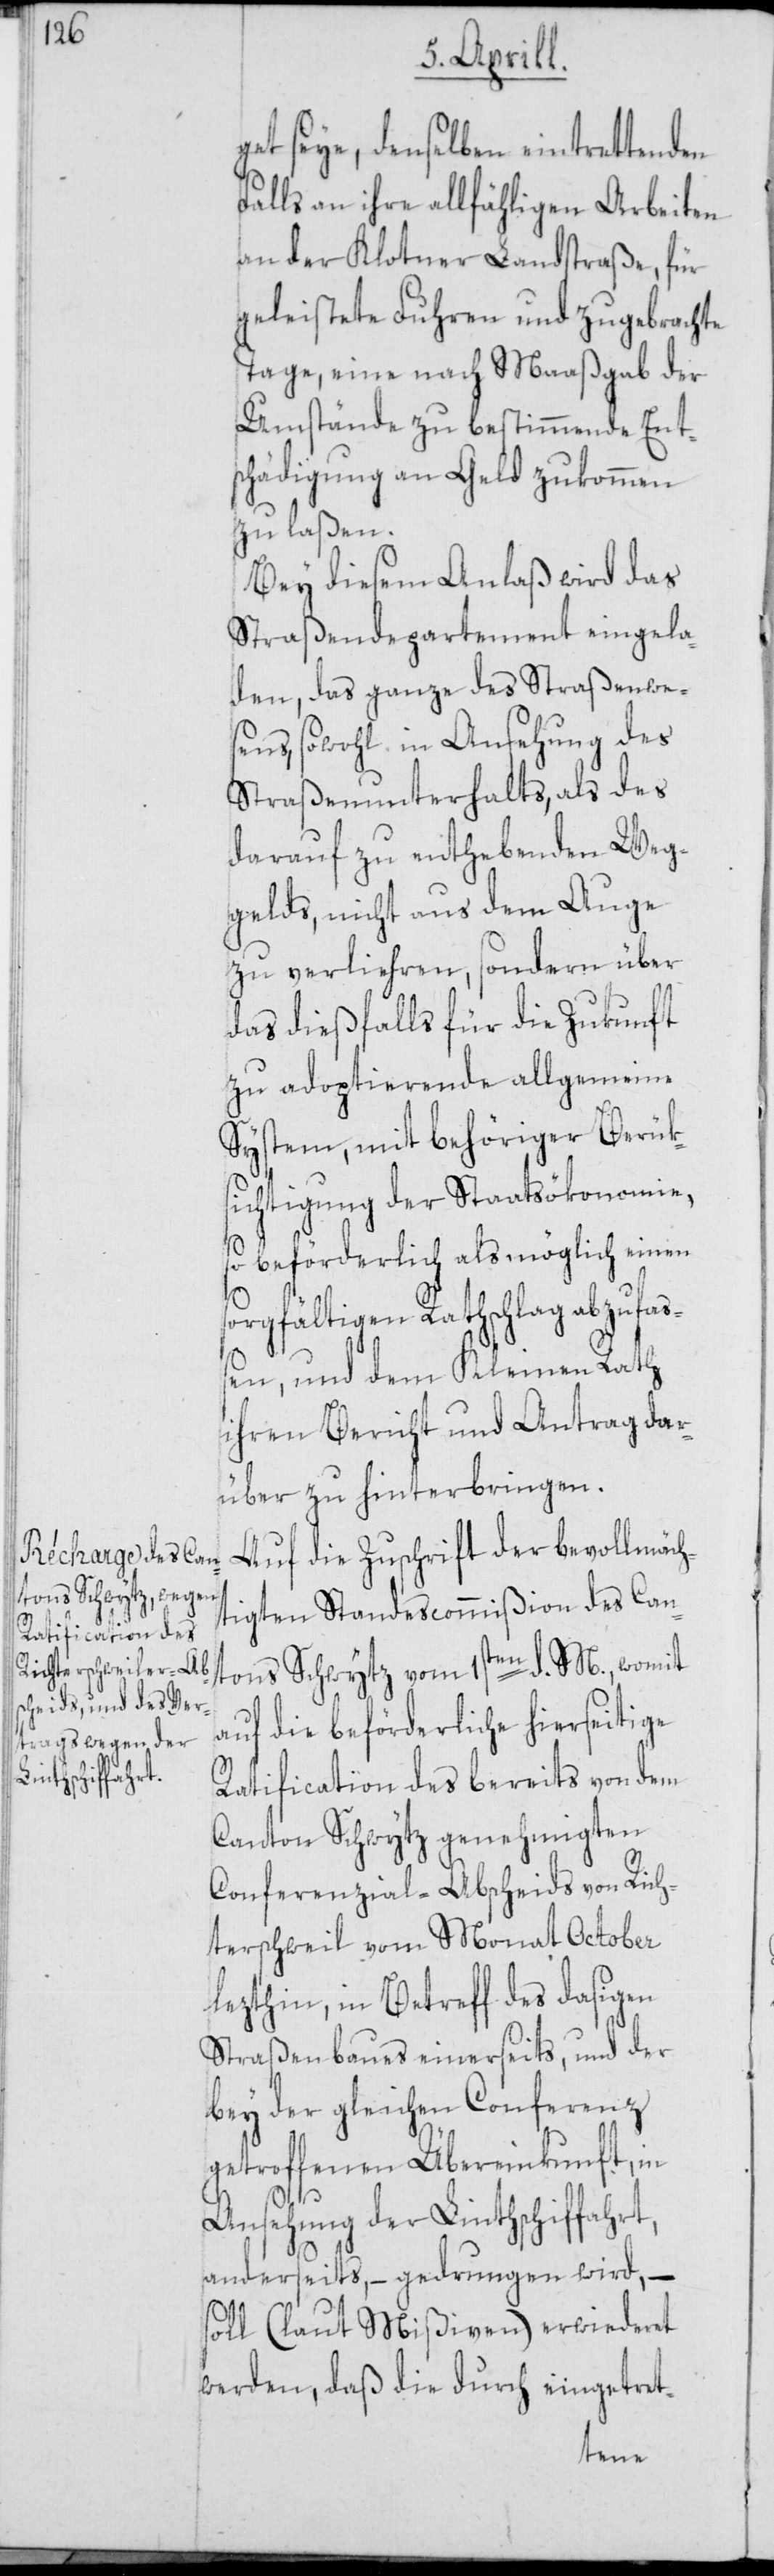
get seye, denselben eintrettenden
Falls an ihre allfähligen Arbeiten
an der Klotner Landstraße, für
geleistete Fuhren und zugebrachte
Tage, eine nach Maaßgab der
Umstände zu bestimmende Ent¬
schädigung an Geld zukommen
zu laßen.
Bey diesem Anlaß wird das
Straßendepartement eingela¬
den, das ganze des Straßenwe¬
sens, sowohl in Ansehung des
Straßenunterhalts, als des
darauf zu enthebenden Weg¬
gelds, nicht aus dem Auge
zu verliehren, sondern über
das dießfalls für die Zukunft
zu adoptierende allgemeine
System, mit behöriger Berük¬
sichtigung der Staatsökonomie,
so beförderlich als möglich einen
sorgfältigen Rathschlag abzufaß¬
en, und dem Kleinen Rath
ihren Bericht und Antrag dar¬
über zu hinterbringen.
Auf die Zuschrift der bevollmäch¬
tigten Standescommißion des Can¬
tons Schwytz vom 1sten d. M., womit
auf die beförderliche hierseitige
Ratification des bereits von dem
Canton Schwytz genehmigten
Conferenzial-Abscheids von Rich¬
terschweil vom Monat October
lezthin, in Betreff des dasigen
Straßenbaues einerseits, und der
bey der gleichen Conferenz
getroffenen Übereinkunft, in
Ansehung der Linthschiffahrt,
anderseits, – gedrungen wird, –
soll (laut Mißiven) erwiederet
werden, daß die durch eingetret-